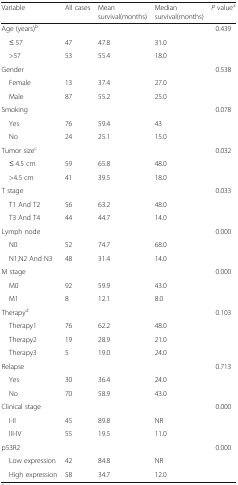
| Variable | All cases | Mean survival(months) | Median survival(months) | P valuea |
 | --- | --- | --- | --- | --- |
 | Age (years)b |  |  |  | 0.439 |
 | ≤ 57 | 47 | 47.8 | 31.0 |  |
 | >57 | 53 | 55.4 | 18.0 |  |
 | Gender |  |  |  | 0.538 |
 | Female | 13 | 37.4 | 27.0 |  |
 | Male | 87 | 55.2 | 25.0 |  |
 | Smoking |  |  |  | 0.078 |
 | Yes | 76 | 59.4 | 43 |  |
 | No | 24 | 25.1 | 15.0 |  |
 | Tumor sizec |  |  |  | 0.032 |
 | ≤ 4.5 cm | 59 | 65.8 | 48.0 |  |
 | >4.5 cm | 41 | 39.5 | 18.0 |  |
 | T stage |  |  |  | 0.033 |
 | T1 And T2 | 56 | 63.2 | 48.0 |  |
 | T3 And T4 | 44 | 44.7 | 14.0 |  |
 | Lymph node |  |  |  | 0.000 |
 | N0 | 52 | 74.7 | 68.0 |  |
 | N1,N2 And N3 | 48 | 31.4 | 14.0 |  |
 | M stage |  |  |  | 0.000 |
 | M0 | 92 | 59.9 | 43.0 |  |
 | M1 | 8 | 12.1 | 8.0 |  |
 | Therapyd |  |  |  | 0.103 |
 | Therapy1 | 76 | 62.2 | 48.0 |  |
 | Therapy2 | 19 | 28.9 | 21.0 |  |
 | Therapy3 | 5 | 19.0 | 24.0 |  |
 | Relapse |  |  |  | 0.713 |
 | Yes | 30 | 36.4 | 24.0 |  |
 | No | 70 | 58.9 | 43.0 |  |
 | Clinical stage |  |  |  | 0.000 |
 | I-II | 45 | 89.8 | NR |  |
 | III-IV | 55 | 19.5 | 11.0 |  |
 | p53R2 |  |  |  | 0.000 |
 | Low expression | 42 | 84.8 | NR |  |
 | High expression | 58 | 34.7 | 12.0 |  |